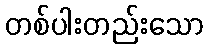
တစ်ပါးတည်းသော